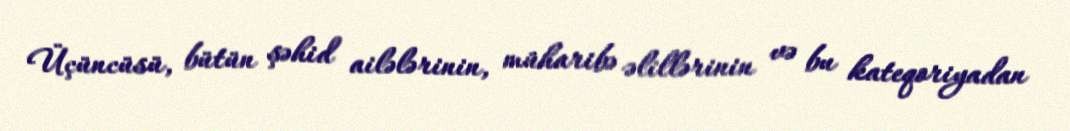
Üçüncüsü, bütün şəhid ailələrinin, müharibə əlillərinin və bu kateqoriyadan